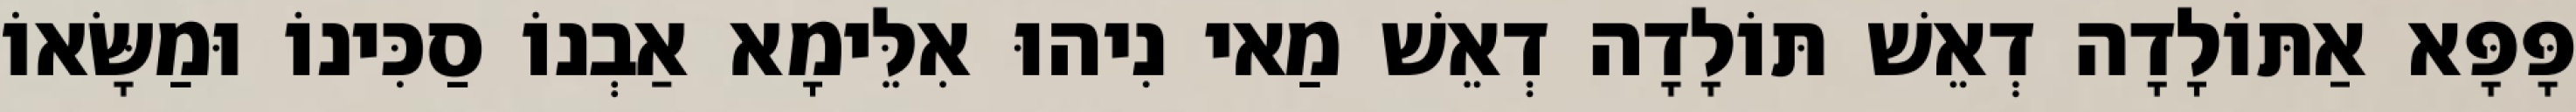
פָּפָּא אַתּוֹלָדָה דְאֵשׁ תּוֹלָדָה דְאֵשׁ מַאי נִיהוּ אִלֵּימָא אַבְנוֹ סַכִּינוֹ וּמַשָּׂאוֹ